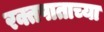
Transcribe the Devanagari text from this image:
रक्तपाताच्या